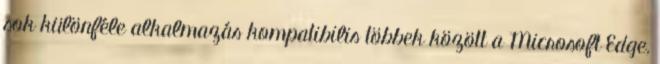
sok különféle alkalmazás kompatibilis többek között a Microsoft Edge,